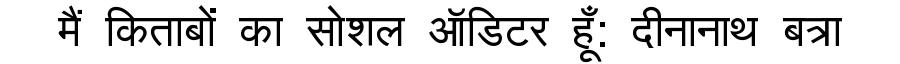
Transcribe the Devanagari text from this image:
मैं किताबों का सोशल ऑडिटर हूँ: दीनानाथ बत्रा